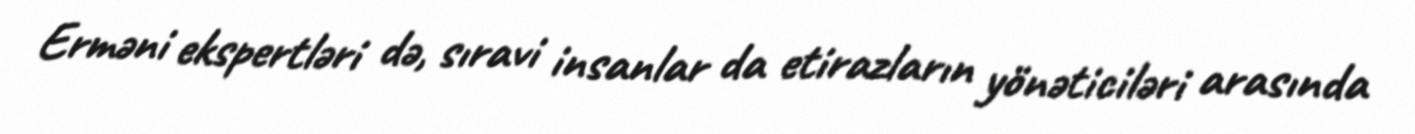
Erməni ekspertləri də, sıravi insanlar da etirazların yönəticiləri arasında